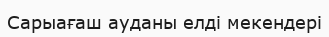
Сарыағаш ауданы елді мекендері